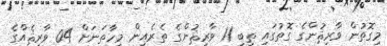
މިގޮތުން ވާރިޘުންގެ ގޮތުގައި ތިބި 11 ވާރިޘުންގެ ތެރެއިން މިހާތަނަށް 04 ވާރިޘެއްގެ